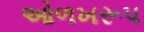
ઓળખરૂપ